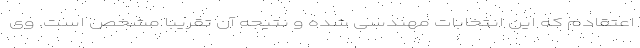
اعتقادم که این انتخابات مهندسی شده و نتیجه آن تقریبا مشخص است. وی